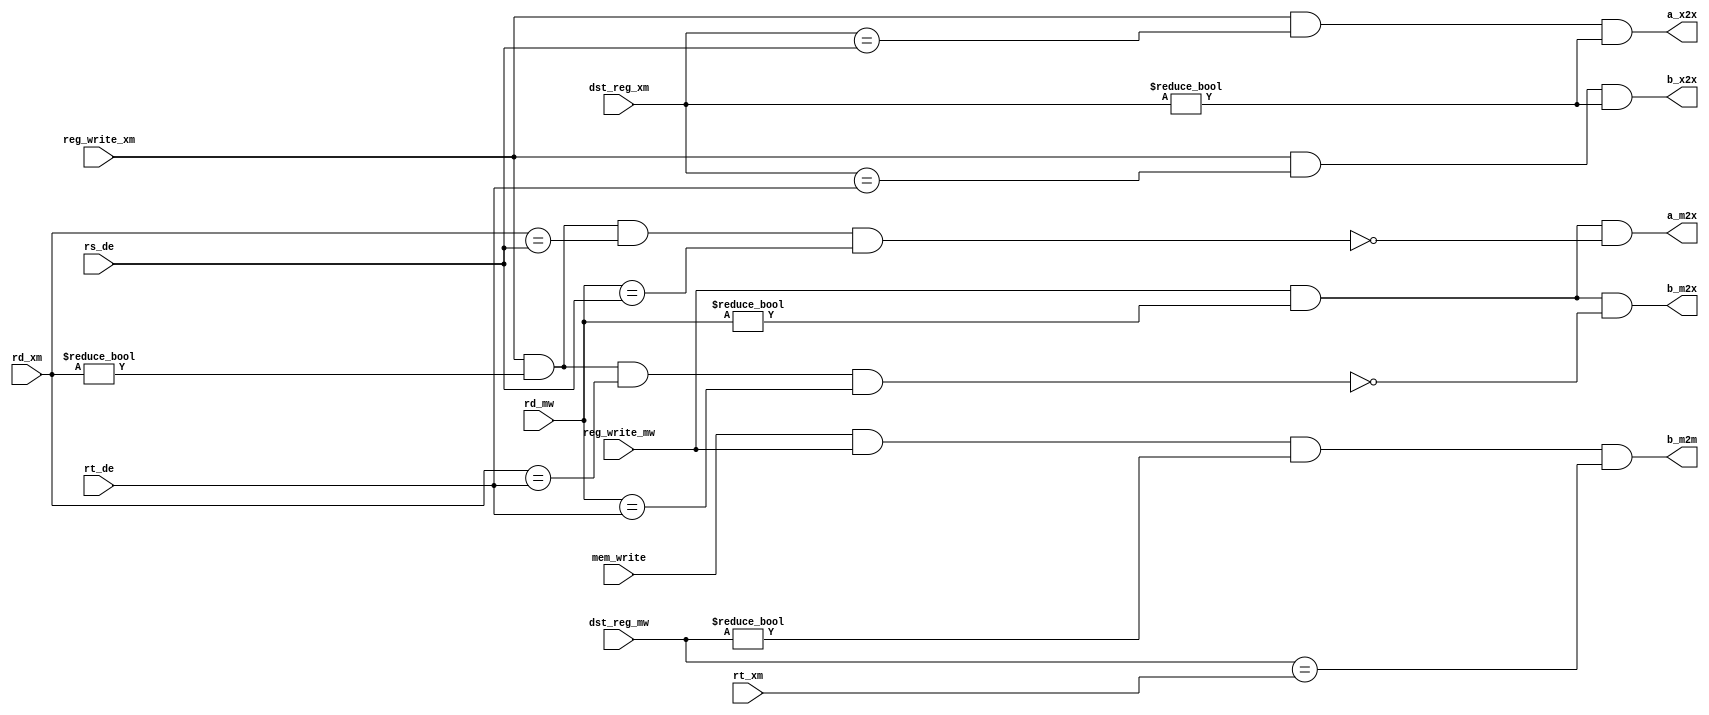
module DataHazardUnit (

    input reg_write_xm, reg_write_mw, mem_write,
    input [3:0] dst_reg_xm, dst_reg_mw,
    input [3:0] rs_de, rt_de,
    input [3:0] rt_xm, rd_xm,
    input [3:0] rd_mw,
    output a_x2x, b_x2x, 
    output a_m2x, b_m2x, 
    output b_m2m

);

    assign not_x2x_a = !( reg_write_xm && (rd_xm != 4'h0) && (rd_xm == rs_de) && (rd_mw == rs_de) );
    assign not_x2x_b = !( reg_write_xm && (rd_xm != 4'h0) && (rd_xm == rt_de) && (rd_mw == rt_de) );

    assign a_x2x = ( reg_write_xm && (dst_reg_xm == rs_de) && (dst_reg_xm != 4'h0) );
    assign b_x2x = ( reg_write_xm && (dst_reg_xm == rt_de) && (dst_reg_xm != 4'h0) );

    assign a_m2x = ( reg_write_mw && (rd_mw != 4'h0) && not_x2x_a );
    assign b_m2x = ( reg_write_mw && (rd_mw != 4'h0) && not_x2x_b );
    
    assign b_m2m = ( mem_write && reg_write_mw && (dst_reg_mw != 4'h0) && (dst_reg_mw == rt_xm) );

endmodule